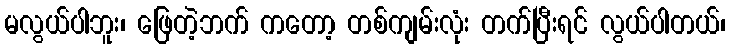
မလွယ်ပါဘူး၊ ဖြေတဲ့ဘက် ကတော့ တစ်ကျမ်းလုံး တက်ပြီးရင် လွယ်ပါတယ်၊